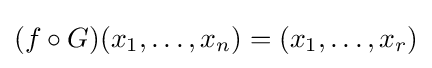
(f\circ G)(x_{1},\dots ,x_{n})=(x_{1},\dots ,x_{r})